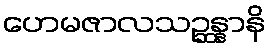
ဟေမဇာလသဉ္ဆန္နာနိ